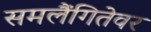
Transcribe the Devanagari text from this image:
समलैंगितेवर